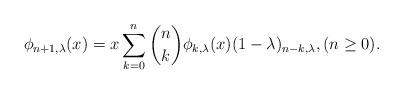
LaTeX: \begin{align*}\phi_{n+1,\lambda}(x)=x\sum_{k=0}^{n}\binom{n}{k}\phi_{k,\lambda}(x)(1-\lambda)_{n-k,\lambda},(n\ge 0).\end{align*}